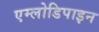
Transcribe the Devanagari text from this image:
एम्लोडिपाइन